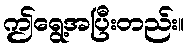
ဤရွေ့အပြီးတည်း။